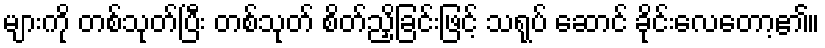
များကို တစ်သုတ်ပြီး တစ်သုတ် စိတ်ညှိခြင်းဖြင့် သရုပ် ဆောင် ခိုင်းလေတော့၏။